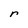
Character: r